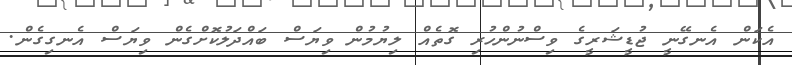
އެކަން އެނގޭނީ ޖުޑީޝަރީގެ ވިސްނުންހުރި ގޮތެއް ލިޔުމުން ވިޔަސް ބައްދަލުކޮށްގެން ވިޔަސް އެނގިގެން.